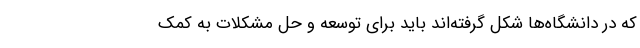
که در دانشگاه‌ها شکل گرفته‌اند باید برای توسعه و حل مشکلات به کمک